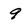
Character: 9